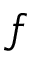
f